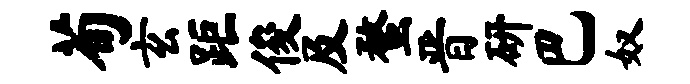
荀玄距俊及蝥晋研巴奴